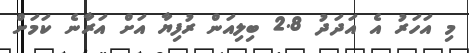
މި އަހަރު އެ އަދަދު 2.8 ބިލިއަން ރުފިޔާ އަށް އަރާނެ ކަމަށް